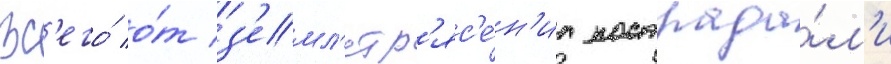
Вс'его́ о́т з'емл'етр'яс'е́н'иа пострада́л'и